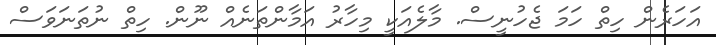
އަހަރެން ހިތް ހަމަ ޖެހުނީސް. މާލެއަކީ މިހާރު އަމާންތަނެއް ނޫން. ހިތް ނުތަނަވަސް